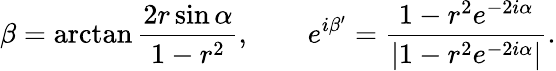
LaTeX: \beta=\arctan\frac{2r\sin\alpha}{1-r^{2}},\qquad e^{i\beta^{\prime}}=\frac{1-r^{2}e^{-2i\alpha}}{|1-r^{2}e^{-2i\alpha}|}.